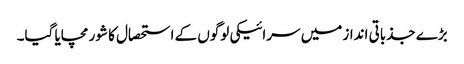
بڑے جذباتی انداز میں سرائیکی لوگوں کے استحصال کا شور مچایا گیا۔